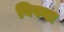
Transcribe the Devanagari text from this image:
विस्मा